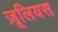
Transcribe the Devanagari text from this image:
ज़ूलियस